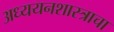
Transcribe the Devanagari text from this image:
अध्ययनशास्त्राचा